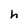
Character: h